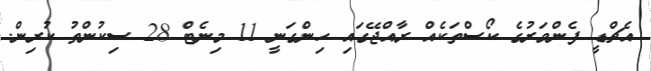
އެޗްޑީ ފެންވަރުގެ ކޯސްތަކެއް ރާއްޖޭގައި ހިންގަނީ 11 މިނެޓް 28 ސިކުންތު ކުރިން.